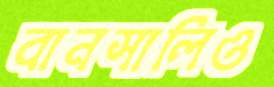
বানসালিও